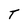
Character: T